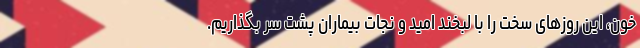
خون، این روزهای سخت را با لبخند امید و نجات بیماران پشت سر بگذاریم.